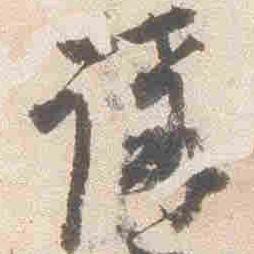
講